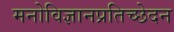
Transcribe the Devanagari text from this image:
मनोविज्ञानप्रतिच्छेदन